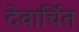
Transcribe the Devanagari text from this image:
देवार्चित